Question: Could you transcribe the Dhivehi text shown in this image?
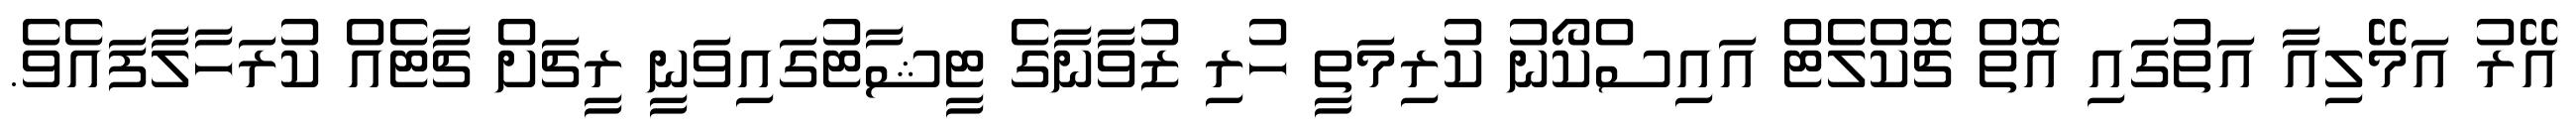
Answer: އޭރު އަމޭލިއާ އަތުގައި އޮތް ޗޮކްލެޓް އައިސްކޯނު ކުރިމަތީ ހުރި ޒުވާނާގެ ޓީޝާޓުގައިވަނީ ރީޗަށް ޗާޓެއް ކުރަހާލާފައެވެ.